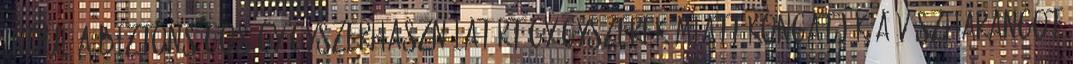
indul a biztonságos gyógyszerhasználatért Gyógyszerek miatt kongatják a vészharangot